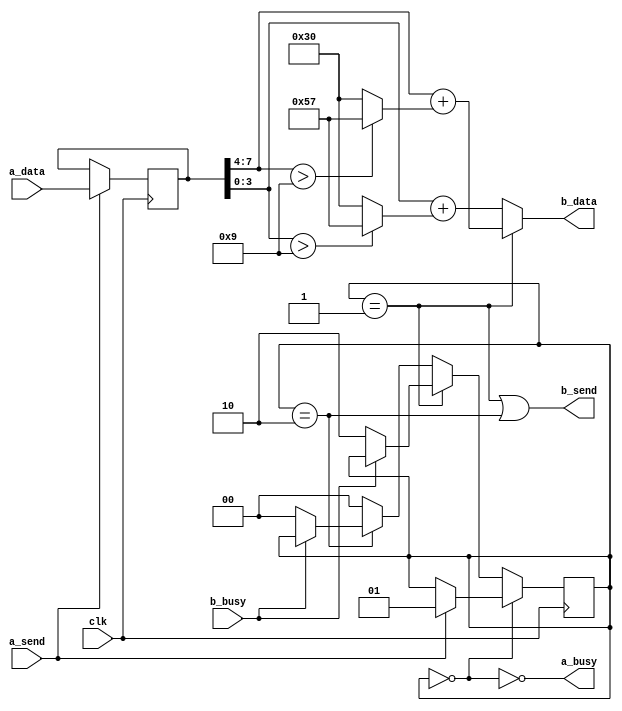
module quote_tx // a --> b
  (
   input        clk,
   input [1:8]  a_data,
   input        a_send,
   output       a_busy,

   output [1:8] b_data,
   output       b_send,
   input        b_busy);

   localparam Idle = 0;
   localparam Send1 = 1;
   localparam Send2 = 2;
   
   reg [1:8]    data;
   reg [1:2]    mode;

   always @(posedge clk) data = xdata;
   always @(posedge clk) mode = xmode;

   wire [1:8]   xdata = a_send ? a_data : data;

   wire [1:2]   xmode = 
                (mode==Idle) ? (a_send ? Send1 : mode) :
                (mode==Send1) ? (!b_busy ? Send2 : mode) :
                (mode==Send2) ? (!b_busy ? Idle : mode) :
                Idle;

   wire [1:4]   nib1 = data[1:4];
   wire [1:4]   nib2 = data[5:8];

   wire [1:8]   oh = "0";
   wire [1:8]   ay = "a";

   wire [1:8]   char1 = nib1 + ((nib1 > 9) ? ay-10 : oh);
   wire [1:8]   char2 = nib2 + ((nib2 > 9) ? ay-10 : oh);

   assign b_data = (mode==Send1) ? char1 : char2;
   assign b_send = (mode==Send1) | (mode==Send2);
   
   assign a_busy = !(mode==Idle);
   
endmodule